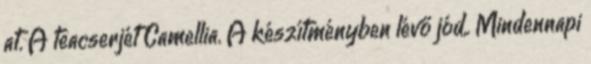
at. A teacserjét Camellia. A készítményben lévő jód,. Mindennapi